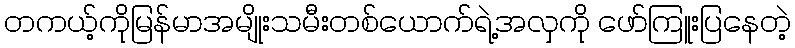
တကယ့်ကိုမြန်မာအမျိုးသမီးတစ်ယောက်ရဲ့အလှကို ဖော်ကြူးပြနေတဲ့